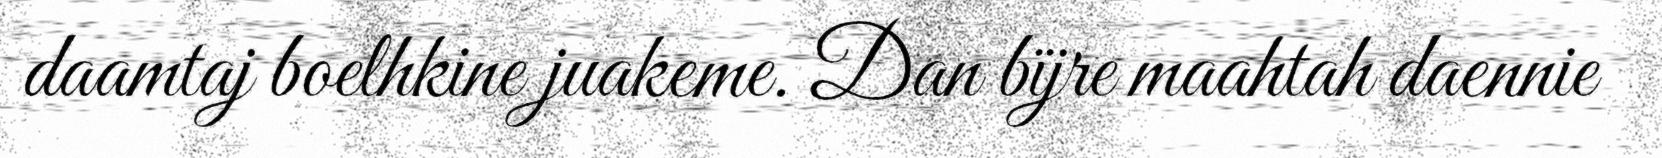
daamtaj boelhkine juakeme. Dan bïjre maahtah daennie